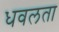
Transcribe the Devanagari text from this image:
धवलता